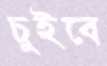
চুইবে